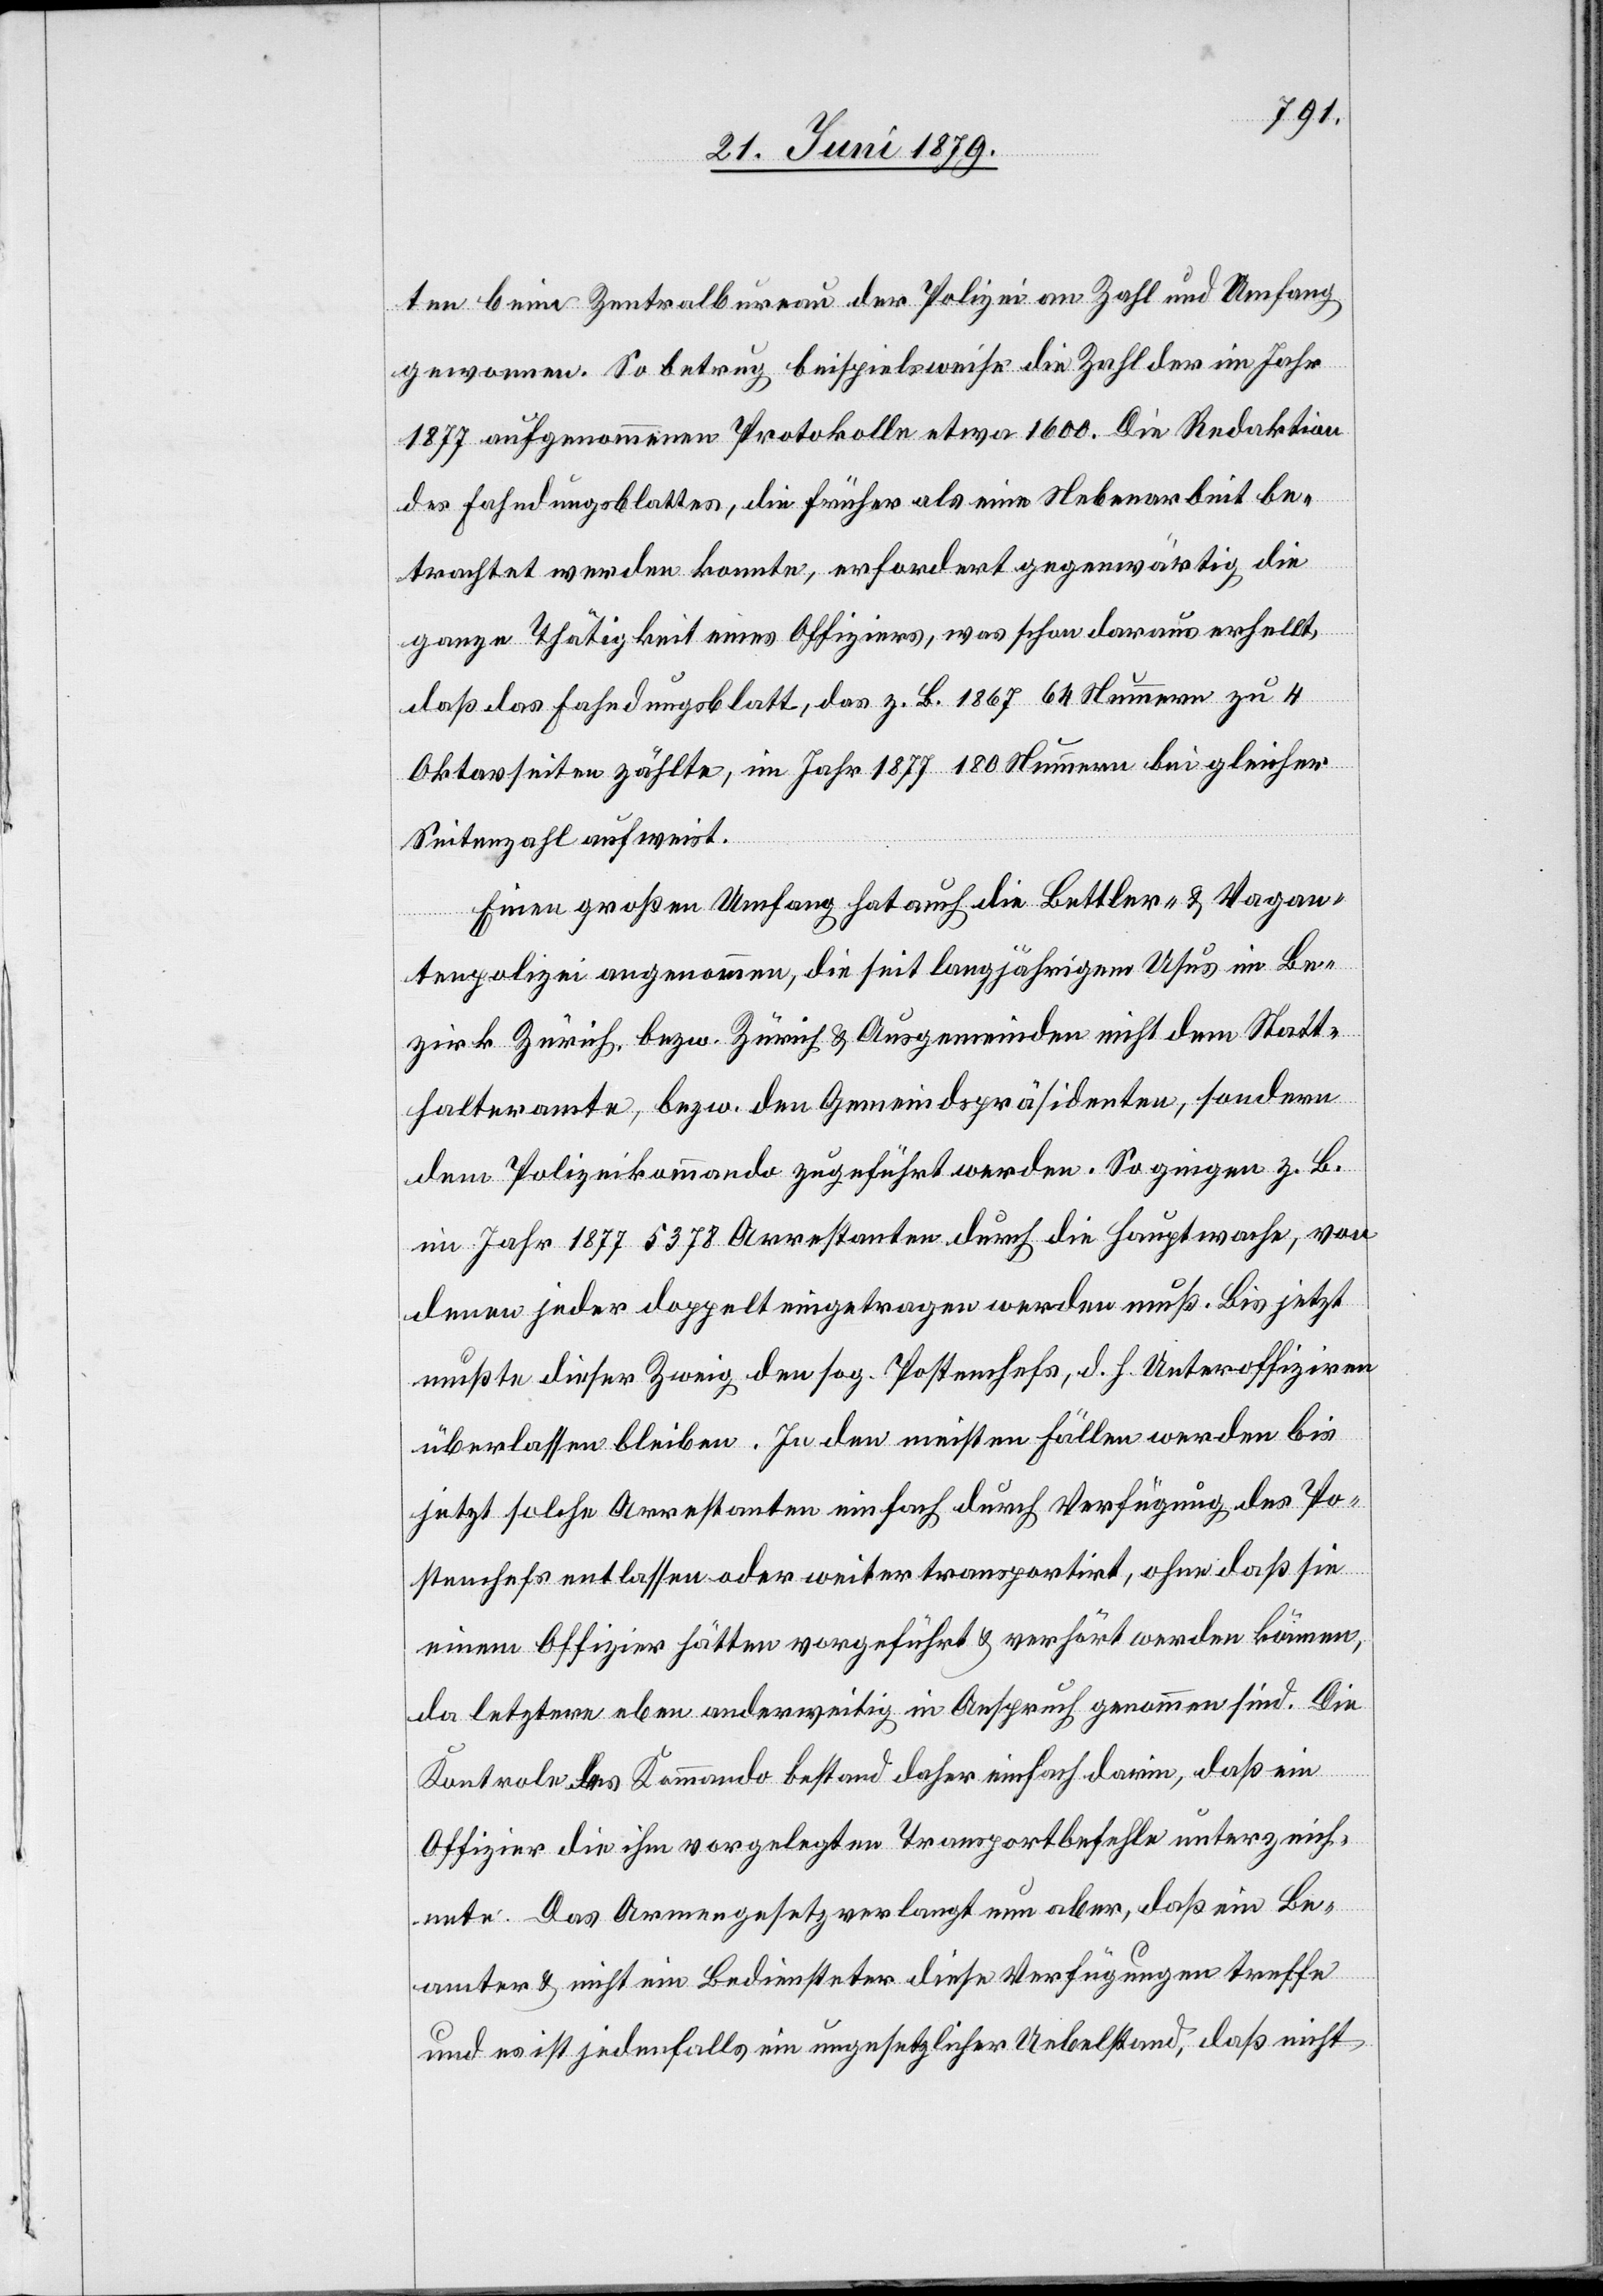
ten beim Zentralbureau der Polizei an Zahl und Umfang
gewonnen. So betrug beispielsweise die Zahl der im Jahr
1877 aufgenommenen Protokolle etwa [?1]600. Die Redaktion
des Fahndungsblattes, die früher als eine Nebenarbeit be¬
trachtet werden konnte, erfordert gegenwärtig die
ganze Thätigkeit eines Offiziers, was schon daraus erhellt,
daß das Fahndungsblatt, das z. B. 1867 64 Nummern zu 4
Oktavseiten zählte, im Jahr 1877 180 Nummern bei gleicher
Seitenzahl aufweist.
Einen großen Umfang hat auch die Bettler- & Vagan¬
tenpolizei angenommen, die seit langjährigem Usus im Be¬
zirk Zürich, bezw. Zürich & Ausgemeinden nicht dem Statt¬
halteramte, bezw. den Gemeindspräsidenten, sondern
dem Polizeikommando zugeführt werden. So gingen z. B.
im Jahr 1877 5378 Arrestanten durch die Hauptwache, von
denen jeder doppelt eingetragen werden muß. Bis jetzt
mußte dieser Zweig den sog. Postenchefs, d. h. Unteroffizieren
überlassen bleiben. In den meisten Fällen werden bis
jetzt solche Arrestanten einfach durch Verfügung des Po¬
stenchefs entlassen oder weiter transportirt, ohne daß sie
einem Offizier hätten vorgeführt & verhört werden können,
da letztere eben anderweitig in Anspruch genommen sind. Die
Kontrole des Kommando bestand daher einfach darin, daß ein
Offizier die ihm vorgelegten Transportbefehle unterzeich¬
nete. Das Armengesetz verlangt nun aber, daß ein Be¬
amter & nicht ein Bediensteter diese Verfügungen treffe
und es ist jedenfalls ein ungesetzlicher Uebelstand, daß nicht